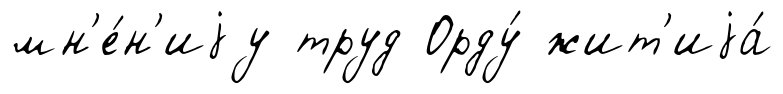
мн'е́н'иjу труд Орду́ жит'иjа́